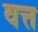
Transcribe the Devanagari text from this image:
वत्त